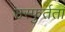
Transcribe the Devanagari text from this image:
उस्फुर्तता